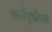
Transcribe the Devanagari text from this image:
कार्यसूचीच्या